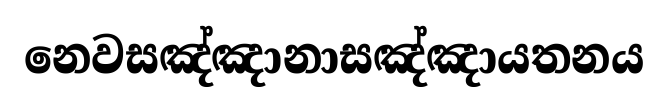
නෙවසඤ්ඤානාසඤ්ඤායතනය